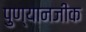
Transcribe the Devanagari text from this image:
पुण्यानजीक